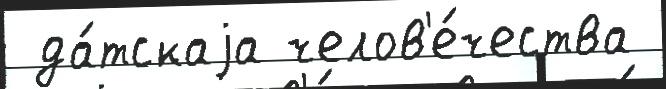
 да́тскаjа челов'е́чества